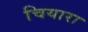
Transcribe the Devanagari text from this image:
चियारा